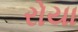
રોયા